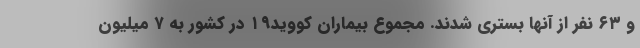
و ۶۳ نفر از آنها بستری شدند. مجموع بیماران کووید۱۹ در کشور به ۷ میلیون